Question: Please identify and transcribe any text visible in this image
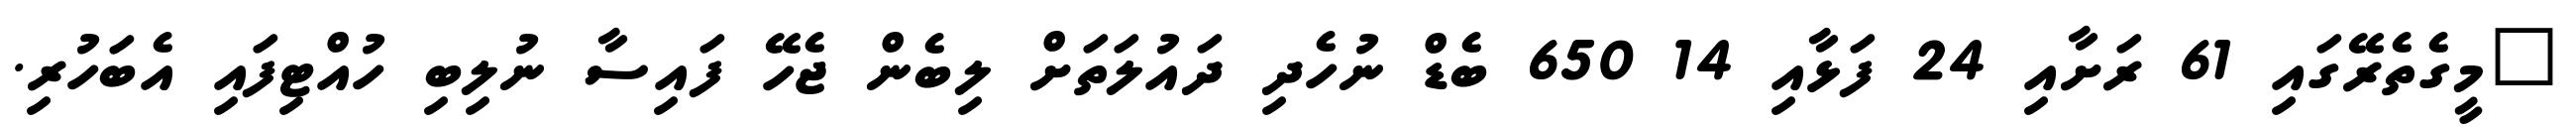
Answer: "މީގެތެރޭގައި 61 ރަށާއި 24 ފަޅާއި 14 650 ބެޑް ނުހެދި ދައުލަތަށް ލިބެން ޖެހޭ ފައިސާ ނުލިބި ހުއްޓިފައި އެބަހުރި.